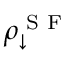
\rho _ { \downarrow } ^ { \textrm { S F } }